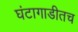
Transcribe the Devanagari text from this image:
घंटागाडीतच